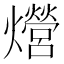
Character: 𤒨